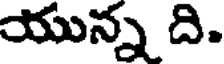
యున్న ది.